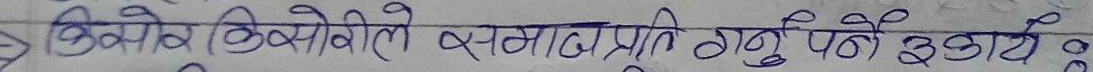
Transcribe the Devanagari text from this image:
बिक्रोसो बिक्रोसोले समाजप्रति गर्नुपर्ने उठाए